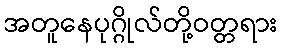
အတူနေပုဂ္ဂိုလ်တို့ဝတ္တရား